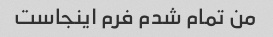
من تمام شدم فرم اینجاست